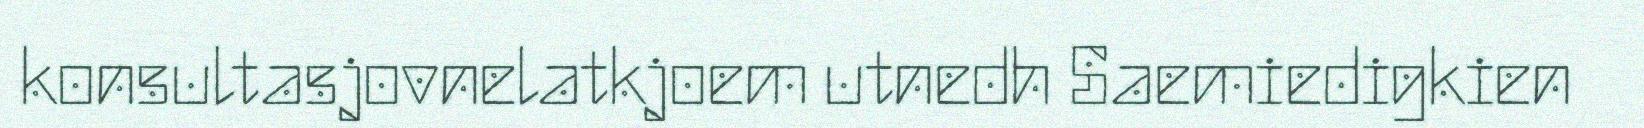
konsultasjovnelatkjoem utnedh Saemiedigkien